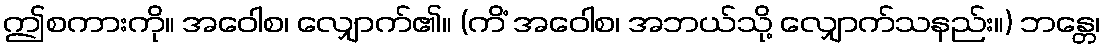
ဤစကားကို။ အဝေါစ၊ လျှောက်၏။ (ကိံ အဝေါစ၊ အဘယ်သို့ လျှောက်သနည်း။) ဘန္တေ၊